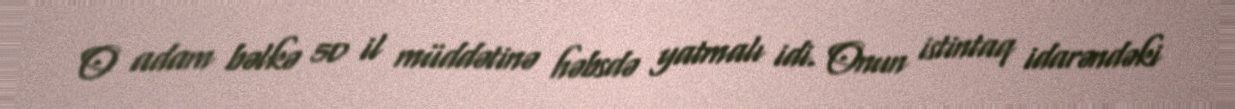
O adam bəlkə 50 il müddətinə həbsdə yatmalı idi. Onun istintaq idarəndəki